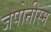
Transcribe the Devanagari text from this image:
जपोनीस्म